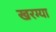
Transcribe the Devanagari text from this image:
खरग्या